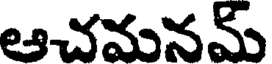
ఆచమనమ్